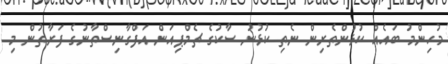
މުހިންމު ބައެއް ކުޅުންތެރިން ނެތި ކުޅުނު ސާކުގެ ޗެމްޕިއަން އަފްގާނިސްތާނުގެ ފަރާތުން މި